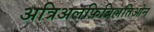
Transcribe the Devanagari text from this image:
अत्रिअलफ़िब्रिल्लतिओन